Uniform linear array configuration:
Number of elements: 4
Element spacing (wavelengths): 0.75
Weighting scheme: uniform
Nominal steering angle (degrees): -45
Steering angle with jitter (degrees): -45.151
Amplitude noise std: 0.05
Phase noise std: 0.05

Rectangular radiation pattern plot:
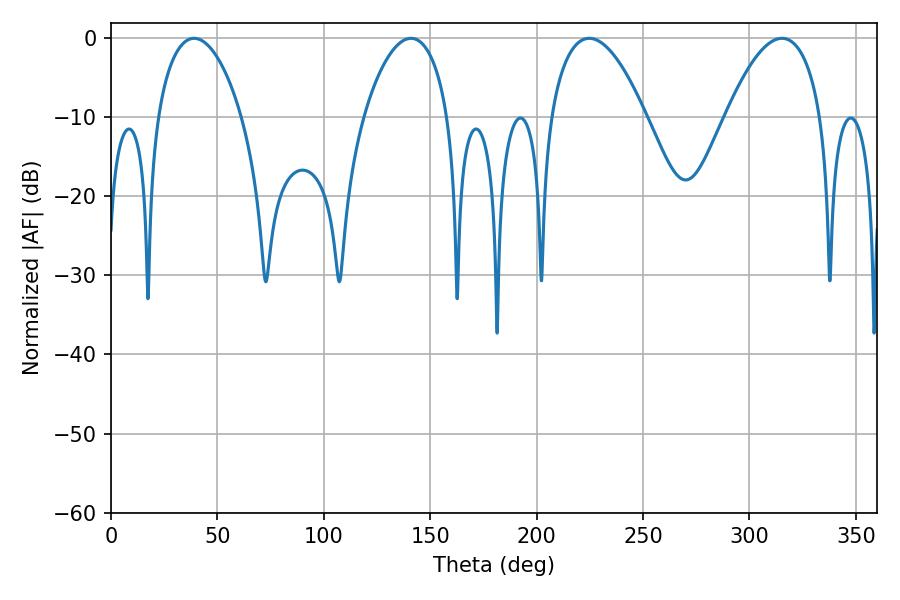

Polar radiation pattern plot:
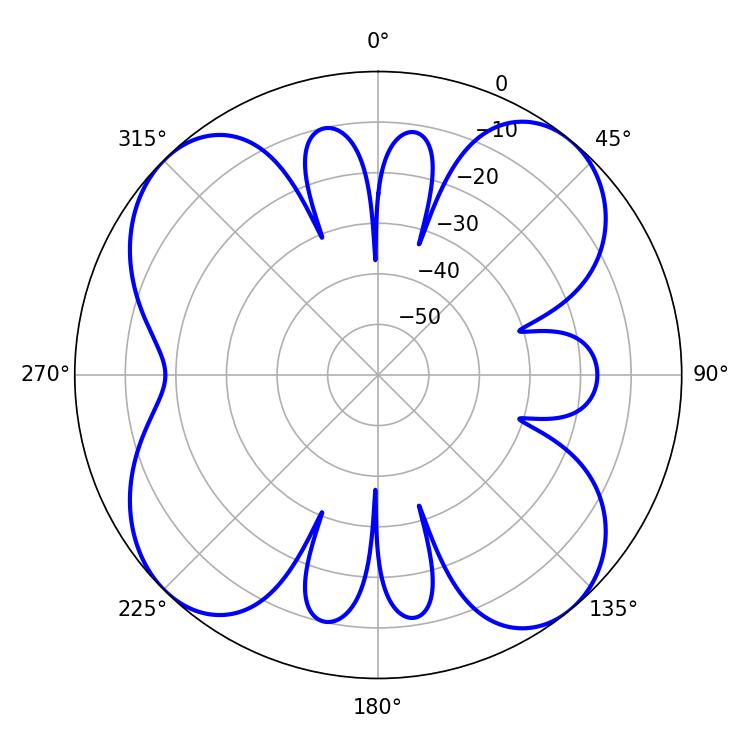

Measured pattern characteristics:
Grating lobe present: TRUE
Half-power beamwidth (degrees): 22.32
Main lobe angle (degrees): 140.94